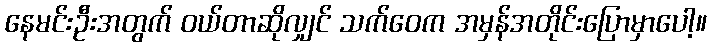
နေမင်းဦးအတွက် ဝယ်တာဆိုလျှင် သက်ဝေက အမှန်အတိုင်းပြောမှာပေါ့။